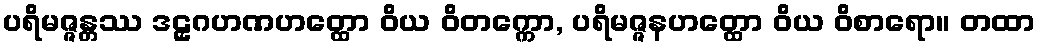
ပရိမဇ္ဇန္တဿ ဒဠှဂဟဏဟတ္ထော ဝိယ ဝိတက္ကော, ပရိမဇ္ဇနဟတ္ထော ဝိယ ဝိစာရော။ တထာ